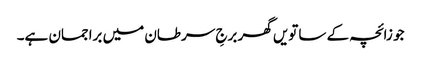
جو زائچہ کے ساتویں گھر برجِ سرطان میں براجمان ہے۔